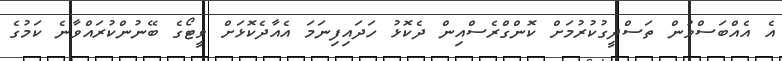
އެ އެއްބަސްވުން ތަސްދީގުކުރުމަށް ކޮންގްރެސްއިން ދެކޮޅު ހަދައިފިނަމަ އެއާދެކޮޅަށް ވީޓޯގެ ބޭނުންކުރައްވާނެ ކަމުގެ